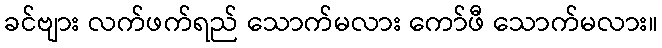
ခင်ဗျား လက်ဖက်ရည် သောက်မလား ကော်ဖီ သောက်မလား။